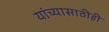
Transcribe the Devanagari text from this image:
यांच्यासाठीही